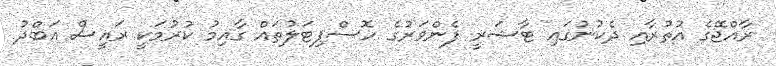
ރާއްޖޭގެ އުތުރާއި ދެކުނުގައި ޓާޝަރީ ފެންވަރުގެ ހޮސްޕިޓަލުތައް ގާއިމު ކުރުމަކީ ރައީސް އަބްދު